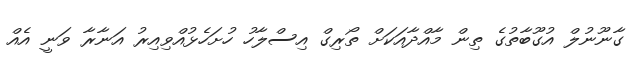
ގާނޫނުލް އުގޫބާތުގެ ތިން މާއްދާއަކަށް ތޯރިގް އިސްލާހު ހުށަހެޅުއްވިއިރު އަނާރާ ވަނީ އެއް